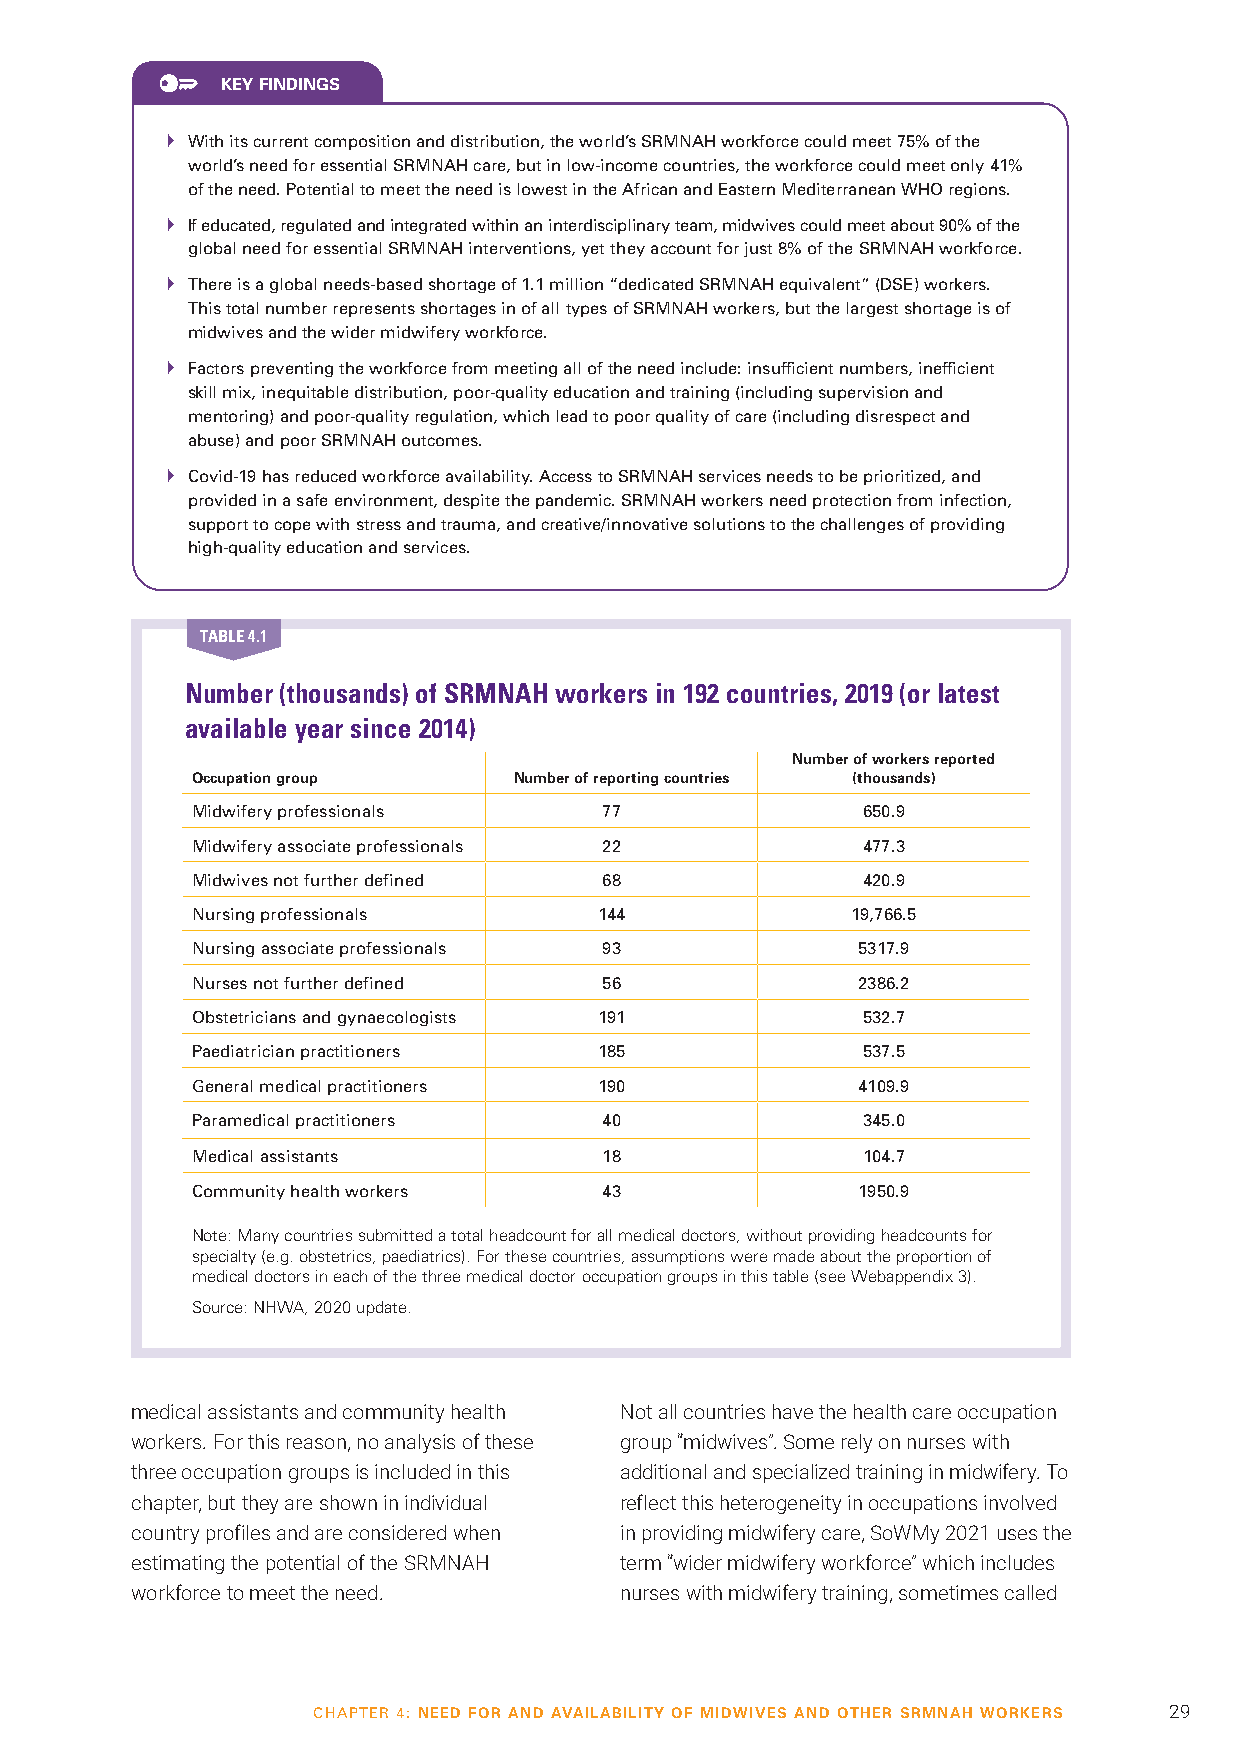
KEY FINDINGS
  With its current composition and distribution, the world’s SRMNAH workforce could meet 75% of the
 world’s need for essential SRMNAH care, but in low-income countries, the workforce could meet only 41%
 of the need. Potential to meet the need is lowest in the African and Eastern Mediterranean WHO regions.
  If educated, regulated and integrated within an interdisciplinary team, midwives could meet about 90% of the
 global need for essential SRMNAH interventions, yet they account for just 8% of the SRMNAH workforce.
  There is a global needs-based shortage of 1.1 million “dedicated SRMNAH equivalent” (DSE) workers.
 This total number represents shortages in of all types of SRMNAH workers, but the largest shortage is of
 midwives and the wider midwifery workforce.
  Factors preventing the workforce from meeting all of the need include: insufficient numbers, inefficient
 skill mix, inequitable distribution, poor-quality education and training (including supervision and
 mentoring) and poor-quality regulation, which lead to poor quality of care (including disrespect and
 abuse) and poor SRMNAH outcomes.
  Covid-19 has reduced workforce availability. Access to SRMNAH services needs to be prioritized, and
 provided in a safe environment, despite the pandemic. SRMNAH workers need protection from infection,
 support to cope with stress and trauma, and creative/innovative solutions to the challenges of providing
 high-quality education and services.
 TABLE 4.1
 Number (thousands) of SRMNAH workers in 192 countries, 2019 (or latest
 available year since 2014)
 Number of workers reported
 Occupation group     Number of reporting countries (thousands)
 Midwifery professionals    77               650.9
 Midwifery associate professionals 22        477.3
 Midwives not further defined 68             420.9
 Nursing professionals      144             19,766.5
 Nursing associate professionals 93          5317.9
 Nurses not further defined 56               2386.2
 Obstetricians and gynaecologists 191        532.7
 Paediatrician practitioners 185             537.5
 General medical practitioners 190           4109.9
 Paramedical practitioners  40               345.0
 Medical assistants         18               104.7
 Community health workers   43               1950.9
 Note: Many countries submitted a total headcount for all medical doctors, without providing headcounts for
 specialty (e.g. obstetrics, paediatrics). For these countries, assumptions were made about the proportion of
 medical doctors in each of the three medical doctor occupation groups in this table (see Webappendix 3).
 Source: NHWA, 2020 update.
 medical assistants and community health Not all countries have the health care occupation
 workers. For this reason, no analysis of these group “midwives”. Some rely on nurses with
 three occupation groups is included in this additional and specialized training in midwifery. To
 chapter, but they are shown in individual reflect this heterogeneity in occupations involved
 country profiles and are considered when in providing midwifery care, SoWMy 2021 uses the
 estimating the potential of the SRMNAH term “wider midwifery workforce” which includes
 workforce to meet the need.     nurses with midwifery training, sometimes called
 CHAPTER 4: NEED FOR AND AVAILABILITY OF MIDWIVES AND OTHER SRMNAH WORKERS 29